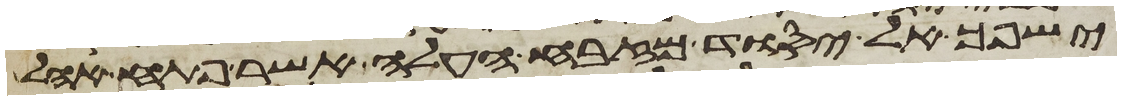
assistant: ישפך אל יסוד מזבח העלה אשר פתח אהל